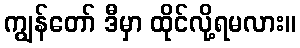
ကျွန်တော် ဒီမှာ ထိုင်လို့ရမလား။